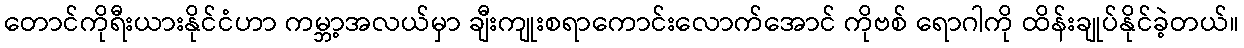
တောင်ကိုရီးယားနိုင်ငံဟာ ကမ္ဘာ့အလယ်မှာ ချီးကျုးစရာကောင်းလောက်အောင် ကိုဗစ် ရောဂါကို ထိန်းချုပ်နိုင်ခဲ့တယ်။